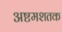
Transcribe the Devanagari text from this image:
अष्टमशतक